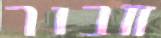
חבור